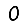
Digit: 0